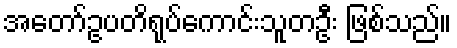
အတော်ဥပတိရုပ်ကောင်းသူတဦး ဖြစ်သည်။